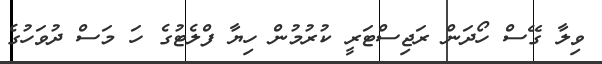
ވިލާ ގޭސް ހޯދަން ރަޖިސްޓަރީ ކުރުމުން ހިޔާ ފްލެޓުގެ ހަ މަސް ދުވަހުގެ